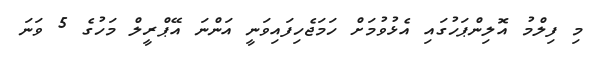
މި ފިލްމު އޮލިންޕަހުގަައި އެޅުވުމަށް ހަމަޖެހިފައިވަނީ އަންނަ އޭޕްރީލް މަހުގެ 5 ވަނަ